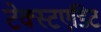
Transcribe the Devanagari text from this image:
टेक्स्टएडिट